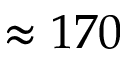
\approx 1 7 0